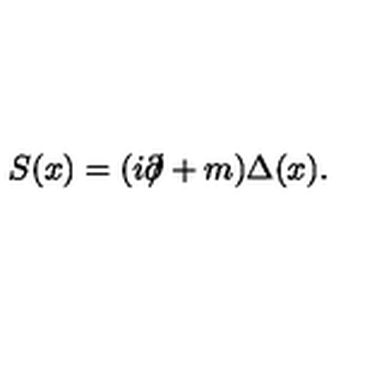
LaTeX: S ( x ) = ( i \partial \! \! \! / + m ) \Delta ( x ) .